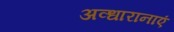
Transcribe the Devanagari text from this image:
अव्धारानाएं